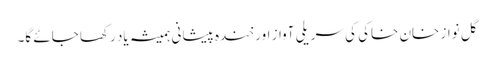
گل نواز خان خاکی کی سریلی آواز اور خندہ پیشانی ہمیشہ یاد رکھا جائے گا۔